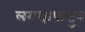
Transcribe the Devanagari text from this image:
लगद्यापासुन